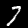
Digit: 7